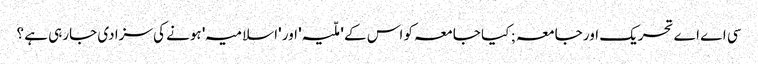
سی اے اے تحریک اور جامعہ ; کیا جامعہ کو اس کے 'ملّیہ' اور 'اسلامیہ' ہونے کی سزا دی جارہی ہے ؟